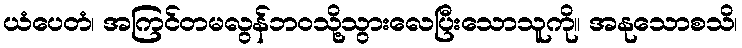
ယံပေတံ၊ အကြင်တမလွန်ဘဝသို့သွားလေပြီးသောသူကို။ အနုသောစသိ၊